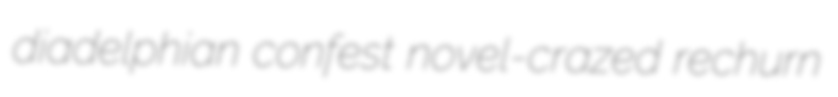
diadelphian confest novel-crazed rechurn